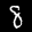
Label: 8